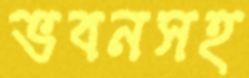
ভবনসহ